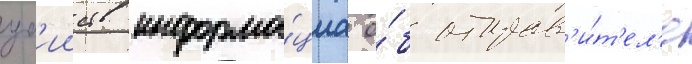
уб'ииств информа́циа о́б отправ'и́т'ел'е